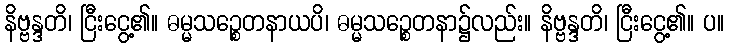
နိဗ္ဗန္ဒတိ၊ ငြီးငွေ့၏။ ဓမ္မသဉ္စေတနာယပိ၊ ဓမ္မသဉ္စေတနာ၌လည်း။ နိဗ္ဗန္ဒတိ၊ ငြီးငွေ့၏။ ပ။